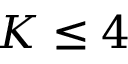
K \le 4